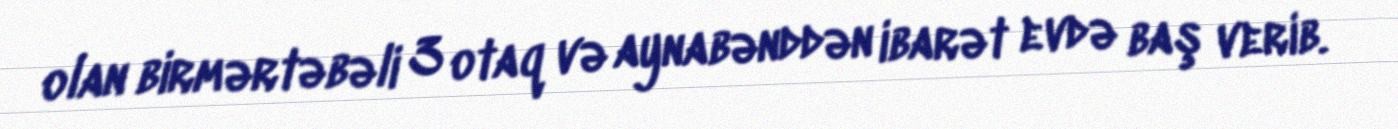
olan birmərtəbəli 3 otaq və aynabənddən ibarət evdə baş verib.